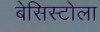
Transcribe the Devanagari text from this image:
बेसिस्टोला